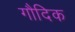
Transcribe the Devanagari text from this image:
गौदिक